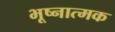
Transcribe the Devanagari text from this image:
भूष्नात्मक